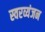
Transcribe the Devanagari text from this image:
स्वरव्यंजन